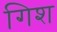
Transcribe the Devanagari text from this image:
गिश